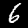
Label: 6